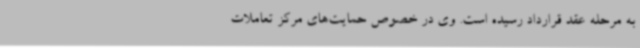
به مرحله عقد قرارداد رسیده است. وی در خصوص حمایت‌های مرکز تعاملات